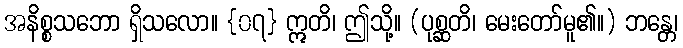
အနိစ္စသဘော ရှိသလော။ {၀၇} ဣတိ၊ ဤသို့။ (ပုစ္ဆတိ၊ မေးတော်မူ၏။) ဘန္တေ၊